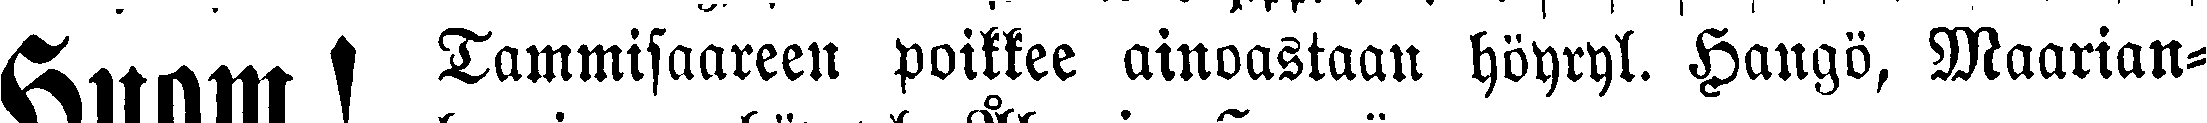
Huom.! Tammisaareen poikkee ainoastaan höyryl. Hangö, Maarian-